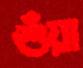
শুঁয়া